Code of medical and sanitary regulations for the guidance of medical officers serving in the Madras Presidency - Volume I
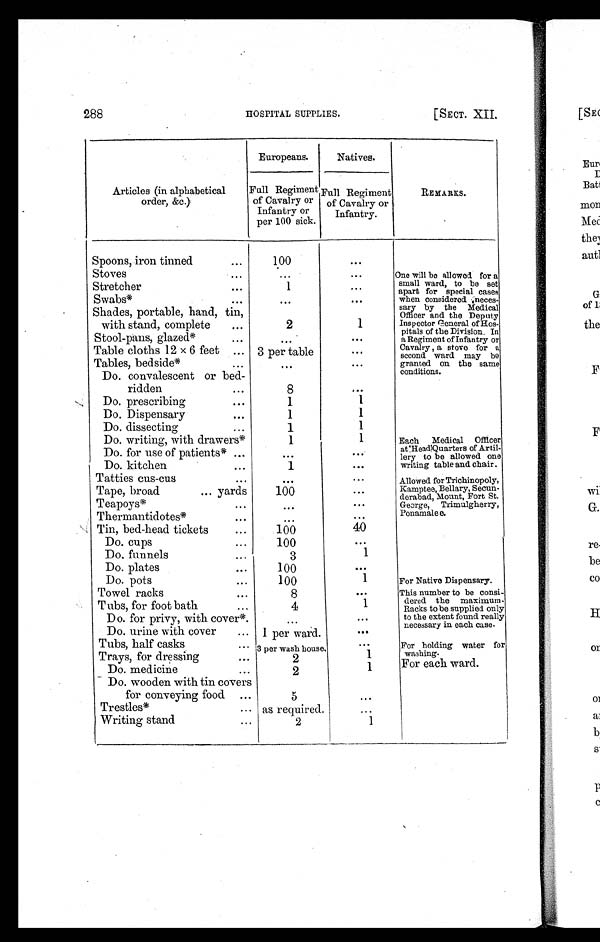
288
HOSPITAL SUPPLIES.
[SECT. XII.
Articles (in alphabetical
order, &c.)
Europeans.
Natives.
REMARKS.
Full Regiment
of Cavalry or
Infantry or
per 100 sick.
Full Regiment
of Cavalry or
Infantry.
Spoons, iron tinned
. . .
100
. . .
Stoves
. . .
...
. . .
One will be allowed for a
small ward, to be set
apart for secial cases
when considered neces-
sary by the Medical
Officer and the Deputy
Inspector General of Hos-
pitals of the Division. In
a Regiment of Infantry or
Cavalry, a stove for a
second ward may be
granted on the same
conditions.
Stretcher
. . .
1
. . .
Swabs*
. . .
. . .
. . .
Shades, portable, hand, tin,
with stand, complete
...
2
1
Stool-pans, glazed*
...
. . .
. . .
Table cloths 12 × 6 feet
. . . 3per table
. . .
Tables, bedside*
...
. . .
. . .
Do. convalescent or bed-
ridden
. . .
8
...
Do. prescribing
. . .
1
1
Do. Dispensary
. . .
1
1
Do. dissecting
...
1
1
Do. writing, with drawers*
1
1
Each Medical Officer
at Head Quarters of Artil-
lery to be allowed one
writing table and chair.
Do. for use of patients* ...
. . .
. . .
Do. kitchen
. . .
1
. . .
Tatties cus-cus
...
. . .
. . .
Allowed for Trichinopoly,
Kamptee, Bellary, Secun-
derabad, Mount, Fort St.
George, Trimulgherry,
Ponamalee.
Tape, broad
... yards
100
...
Teapoys*
...
. . .
. . .
Thermantidotes*
. . .
...
...
Tin, bed-head tickets
...
100
40
Do. cups
...
100
. . .
Do. funnels
. . .
3
1
Do. plates
. . .
100
...
Do. pots
...
100
1
For Native Dispensary.
Towel racks
. . .
8
...
This number to be consi-
dered the maximum.
Racks to be supplied only
to the extent found really
necessary in each case.
Tubs, for foot bath
...
4
1
Do. for privy, with cover*
. . .
. . .
Do. urine with cover
... 1 per ward.
. . .
Tubs, half casks
. . .
3 per wash house.
. . .
For holding water for
washing.
Trays, for dressing
. . .
2
1
For each ward.
Do. m e d i c i n e
. . .
2
1
Do. wooden with tin covers
for conveying food ...
5
. . .
Trestles*
. . . as required.
...
Writing stand
. . .
2
1